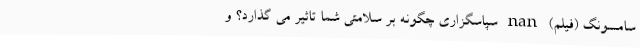
سامسونگ (فیلم) nan سپاسگزاری چگونه بر سلامتی شما تاثیر می گذارد؟ و